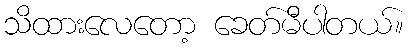
သိထားလေတော့ ခေတ်မီပါတယ်။